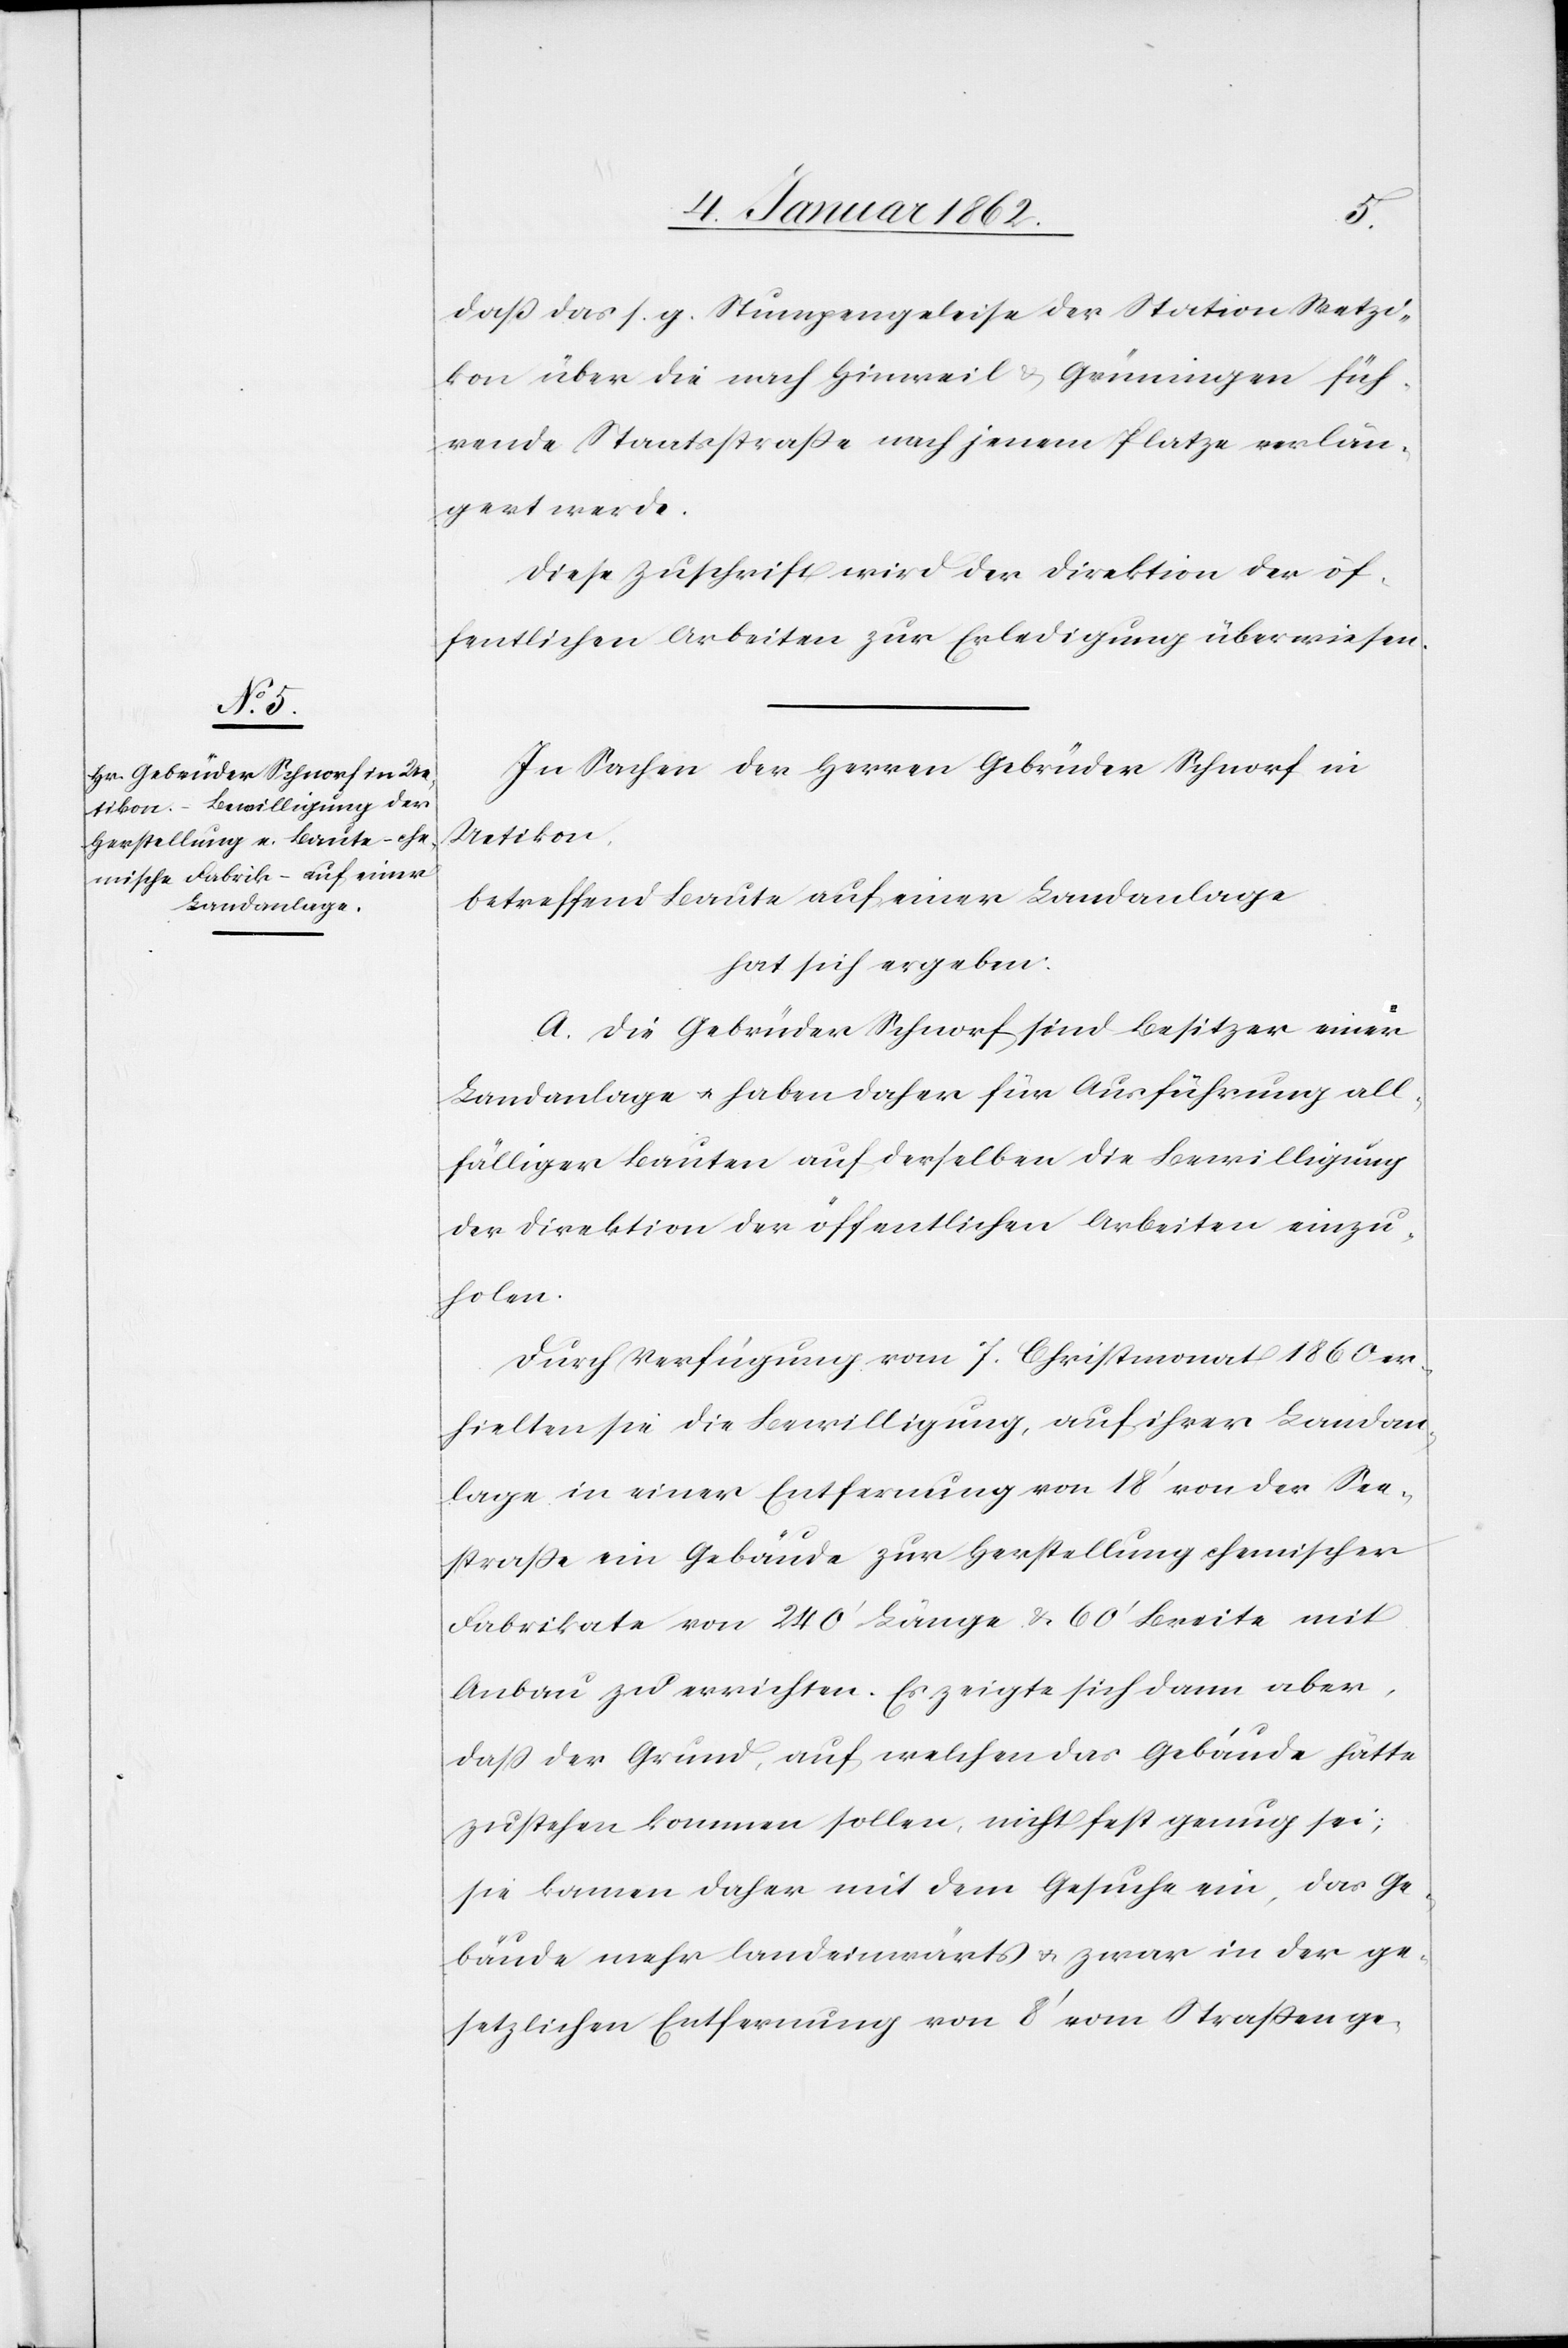
daß das s.g. Stumpengeleise der Station Wetzi¬
kon über die nach Hinweil u. Grüningen füh¬
rende Staatsstraße nach jenem Platze verlän¬
gert werde.
Diese Zuschrift wird der Direktion der öf¬
fentlichen Arbeiten zur Erledigung überwiesen.
In Sachen der Herren Gebrüder Schnorf in
Uetikon
betreffend Baute auf einer Landanlage
hat sich ergeben:
A. Die Gebrüder Schnorf sind Besitzer einer
Landanlage u. haben daher für Ausführung all¬
fälliger Bauten auf derselben die Bewilligung
der Direktion der öffentlichen Arbeiten einzu¬
holen.
Durch Verfügung vom 7. Christmonat 1860 er¬
hielten sie die Bewilligung, auf ihrer Landan¬
lage in einer Entfernung von 18‘ von der See¬
straße ein Gebäude zur Herstellung chemischer
Fabrikate von 240‘ Länge u. 60‘ Breite mit
Anbau zu errichten. Es zeigte sich dann aber,
daß der Grund, auf welchem das Gebäude hätte
zu stehen kommen sollen, nicht fest genug sei;
sie kamen daher mit dem Gesuche ein, das Ge¬
bäude mehr landeinwärts u. zwar in der ge¬
setzlichen Entfernung von 8‘ vom Straßenge-